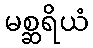
မစ္ဆရိယံ